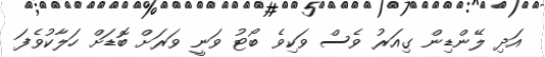
އަދި ލޭންޑިން ގިއަރު ވެސް ވަކިވެ ބޯޓު ވަނީ ވަރަށް ބޮޑަށް ހަލާކުވެފަ